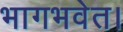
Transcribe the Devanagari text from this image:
भागभवेत।